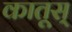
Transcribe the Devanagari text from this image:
कातूस्